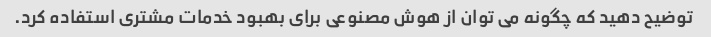
توضیح دهید که چگونه می توان از هوش مصنوعی برای بهبود خدمات مشتری استفاده کرد.